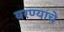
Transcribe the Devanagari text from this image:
वरण्याचे